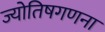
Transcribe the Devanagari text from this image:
ज्योतिषगणना